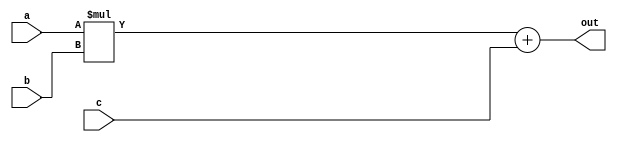
// This program was cloned from: https://github.com/tangxifan/micro_benchmark
// License: MIT License

//-------------------------------------------------------
//  Functionality: A 2-bit multiply-acculumate circuit
//-------------------------------------------------------

module mac_2(a, b, c, out);
parameter DATA_WIDTH = 2;  /* declare a parameter. default required */
input [DATA_WIDTH - 1 : 0] a, b, c;
output [DATA_WIDTH - 1 : 0] out;

assign out = a * b + c;

endmodule